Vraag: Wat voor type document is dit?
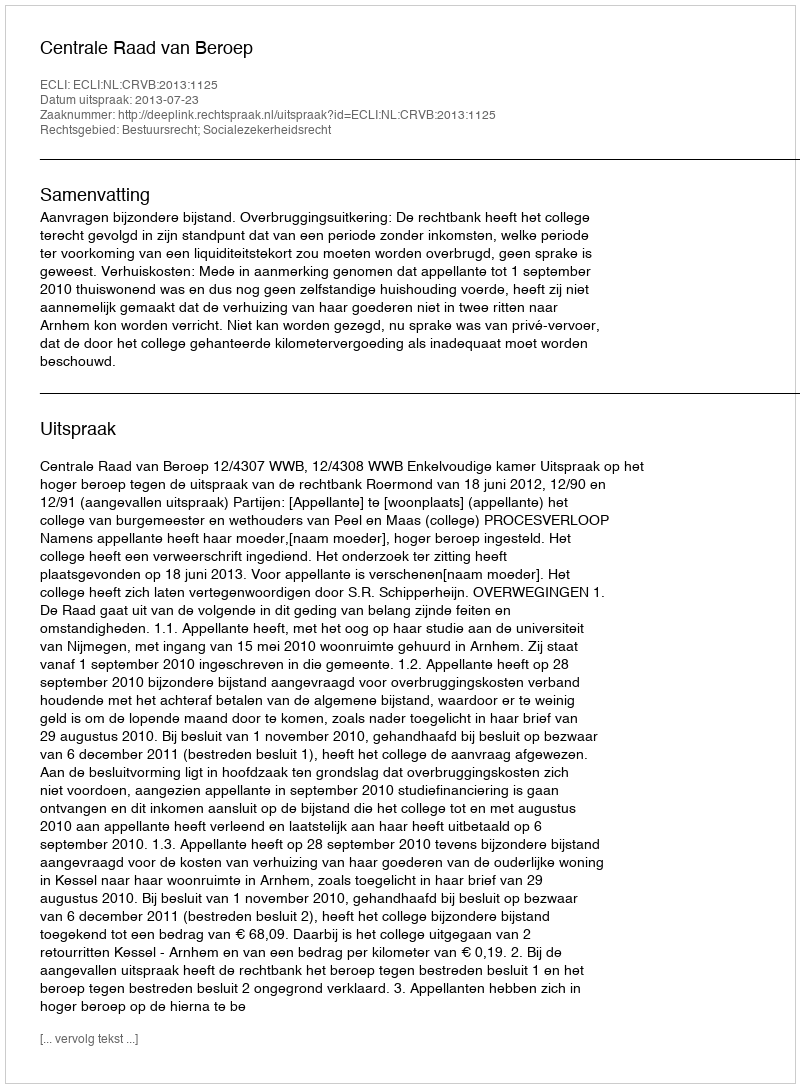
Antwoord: Uitspraak